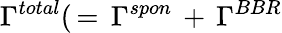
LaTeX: \Gamma^{total}(\, =\, \Gamma^{spon}\, +\, \Gamma^{BBR}